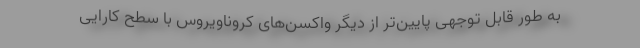
به طور قابل توجهی پایین‌تر از دیگر واکسن‌های کروناویروس با سطح کارایی